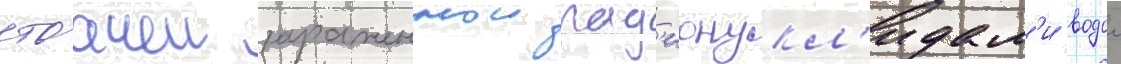
стоачеи зараженнои рад'ионукл'идам'и водои